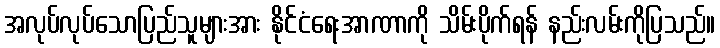
အလုပ်လုပ်သောပြည်သူများအား နိုင်ငံရေးအာဏာကို သိမ်းပိုက်ရန် နည်းလမ်းကိုပြသည်။